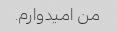
من امیدوارم.